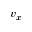
v _ { x }